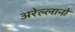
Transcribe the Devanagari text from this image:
अरेल्लानो